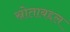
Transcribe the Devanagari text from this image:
स्रोताबद्दल